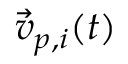
\vec { v } _ { p , i } ( t )